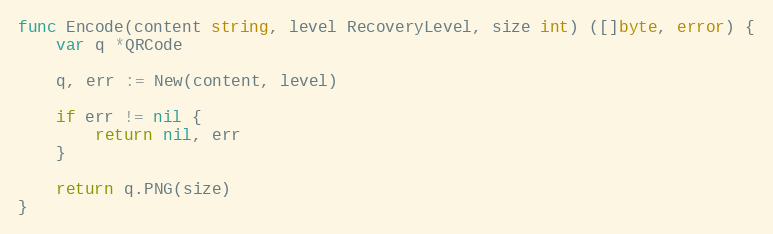
Language: Go
func Encode(content string, level RecoveryLevel, size int) ([]byte, error) {
	var q *QRCode

	q, err := New(content, level)

	if err != nil {
		return nil, err
	}

	return q.PNG(size)
}